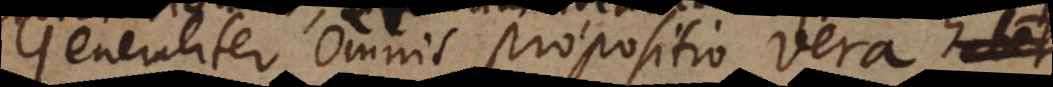
Generaliter omnis propositio vera